King Institute of Preventive Medicine Bacteriolog. Section reports 1907-08
Year: 1907
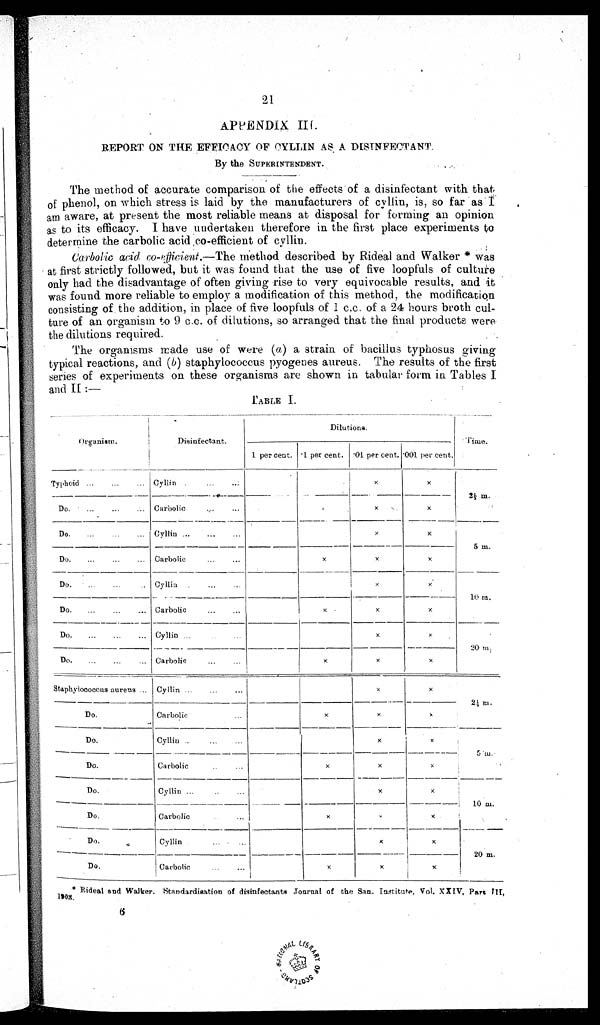
21
APPENDIX. III.
REPORT ON THE EFFICACY OF CYLLIN AS A DISINFECTANT.
By the SUPERINTENDENT.
The method of accurate comparison of the effects' of a disinfectant with that
of phenol, on which stress is laid by the manufacturers of cyllin, is, so far as I
am aware, at present the most reliable means at disposal for forming an opinion
as to its efficacy. I have under taken therefore in the first place experiments to
determine the carbolic acid co-efficient of cyllin.
Carbolic acid co-efficient.— The method described by Rideal and Walker* was
at first strictly followed, but it was found that the use of five loopfuls of culture
only had the disadvantage of often giving rise to very equivocable results, and it
was found more reliable to employ a modification of this method, the modification
consisting of . the addition, in place of five loopfuls of 1 c.c. of a 24 hours broth cul-
ture of an organism to 9 c.c. of dilutions, so arranged that the final products were
the dilutions required.
The organisms made use of were (a) a strain of bacillus typhosus giving
typical reactions, and (b) staphylococcus pyogenes aureus. The results of the first
series of experiments on these organisms are shown in tabular form in Tables I
and II :—
I
.
Organism.
Disinfectant.
Dilutions.
Time.
1 per cent. .1 per cent. .01 per cent. 001
per cent.
Typhoid...
...
...
...
Cyllin .
x
x
2
⅓
m .
Do.
...
...
Carbolic
„.
...
x
x
Do.
...
..
... Cyllin ...
x
x
5 m.
Do.
...
...
... Carbolic
...
...
x
x
x
Do.
...
Cyllin .
Carbolic
x
x
1 0 m .
Do.
...
...
...
...
x
x
x
Do.
.,.
...
Cyllin ...
x
2 0 m .
Do....
,.. Carbolic
...
x
x
x
Staphylococcus aurens ... Cyllin ...
...
...
x
x
2¼ m.
Do.
Carbolic
x
x
›.
Do.
Cyllin ..
x
x
5 m .
x
Do.
Do.
Carbolic
...
x
x
x
Cyllin ...
...
x
1 0 m .
Do.
Carbolic
...
x
x
I
x
x
Do.
Cyllin
...
x
20 m.
Do.
Carboli
...
x
x
x
*Rideal and Walker. Standardisation of disinfectants Journal of the San. Institute, Vol. XXIV, Part
1 9 0 8 .
.